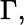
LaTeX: \Gamma,